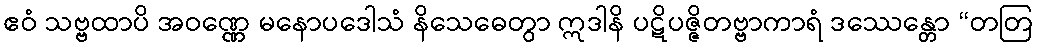
ဧဝံ သဗ္ဗထာပိ အဝဏ္ဏေ မနောပဒေါသံ နိသေဓေတွာ ဣဒါနိ ပဋိပဇ္ဇိတဗ္ဗာကာရံ ဒဿေန္တော “တတြ